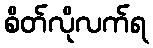
စိတ်လိုလက်ရ